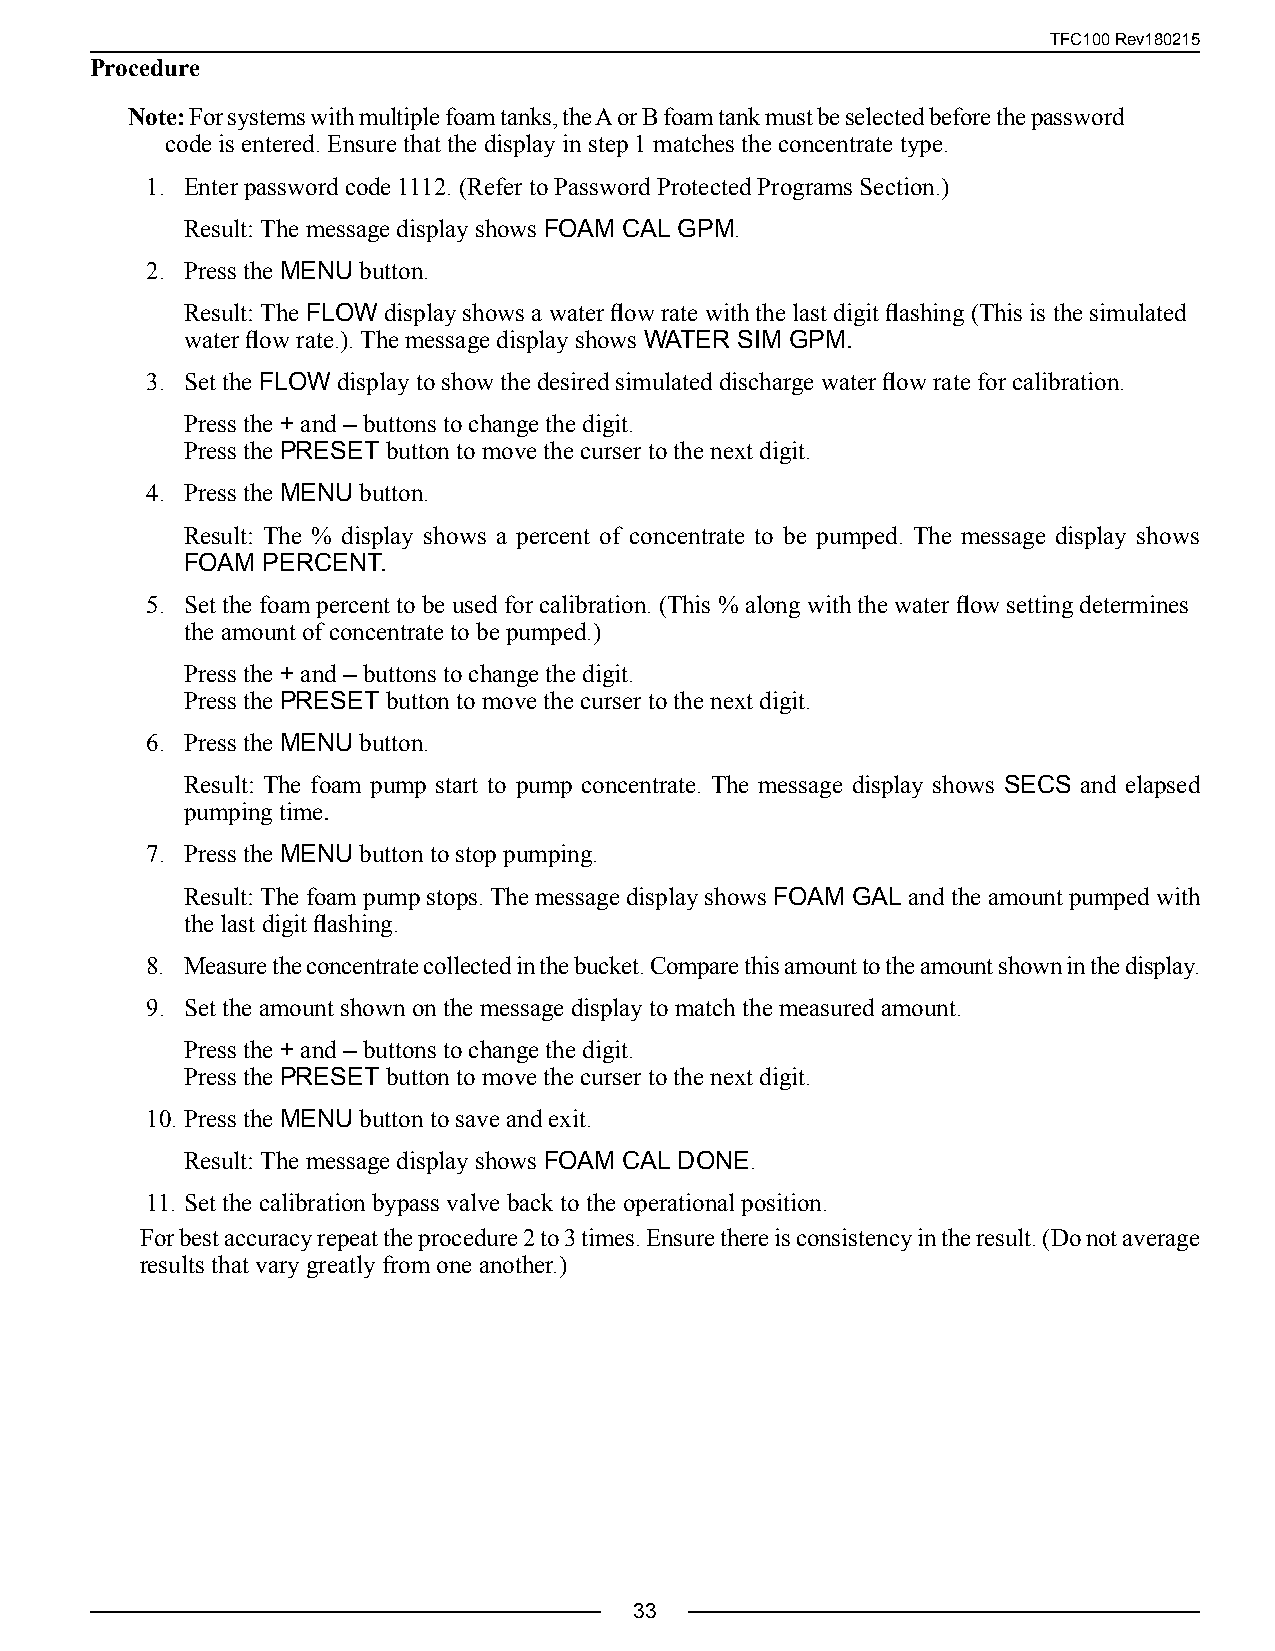
TFC100 Rev180215
 Procedure
 Note: For systems with multiple foam tanks, the A or B foam tank must be selected before the password
 code is entered. Ensure that the display in step 1 matches the concentrate type.
 1. Enter password code 1112. (Refer to Password Protected Programs Section.)
 Result: The message display shows FOAM CAL GPM.
 2. Press the MENU button.
 Result: The FLOW display shows a water flow rate with the last digit flashing (This is the simulated
 water flow rate.). The message display shows WATER SIM GPM.
 3. Set the FLOW display to show the desired simulated discharge water flow rate for calibration.
 Press the + and – buttons to change the digit.
 Press the PRESET button to move the curser to the next digit.
 4. Press the MENU button.
 Result: The % display shows a percent of concentrate to be pumped. The message display shows
 FOAM PERCENT.
 5. Set the foam percent to be used for calibration. (This % along with the water flow setting determines
 the amount of concentrate to be pumped.)
 Press the + and – buttons to change the digit.
 Press the PRESET button to move the curser to the next digit.
 6. Press the MENU button.
 Result: The foam pump start to pump concentrate. The message display shows SECS and elapsed
 pumping time.
 7. Press the MENU button to stop pumping.
 Result: The foam pump stops. The message display shows FOAM GAL and the amount pumped with
 the last digit flashing.
 8. Measure the concentrate collected in the bucket. Compare this amount to the amount shown in the display.
 9. Set the amount shown on the message display to match the measured amount.
 Press the + and – buttons to change the digit.
 Press the PRESET button to move the curser to the next digit.
 10. Press the MENU button to save and exit.
 Result: The message display shows FOAM CAL DONE.
 11. Set the calibration bypass valve back to the operational position.
 For best accuracy repeat the procedure 2 to 3 times. Ensure there is consistency in the result. (Do not average
 results that vary greatly from one another.)
 33